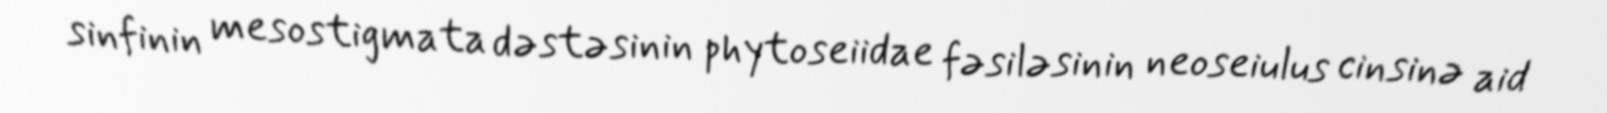
sinfinin mesostigmata dəstəsinin phytoseiidae fəsiləsinin neoseiulus cinsinə aid